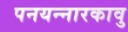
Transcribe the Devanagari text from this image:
पनयन्नारकावु